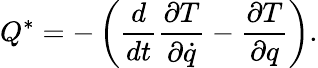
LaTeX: Q^{*}=-\left({\frac{d}{dt}}{\frac{\partial T}{\partial{\dot{q}}}}-{\frac{\partial T}{\partial q}}\right).